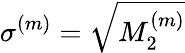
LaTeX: \sigma^{(m)}=\sqrt{M_{2}^{(m)}}